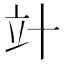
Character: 竍